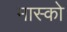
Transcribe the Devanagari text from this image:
मास्‍को